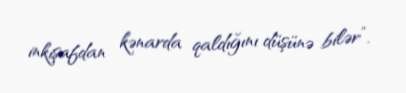
inkişafdan kənarda qaldığını düşünə bilər”.